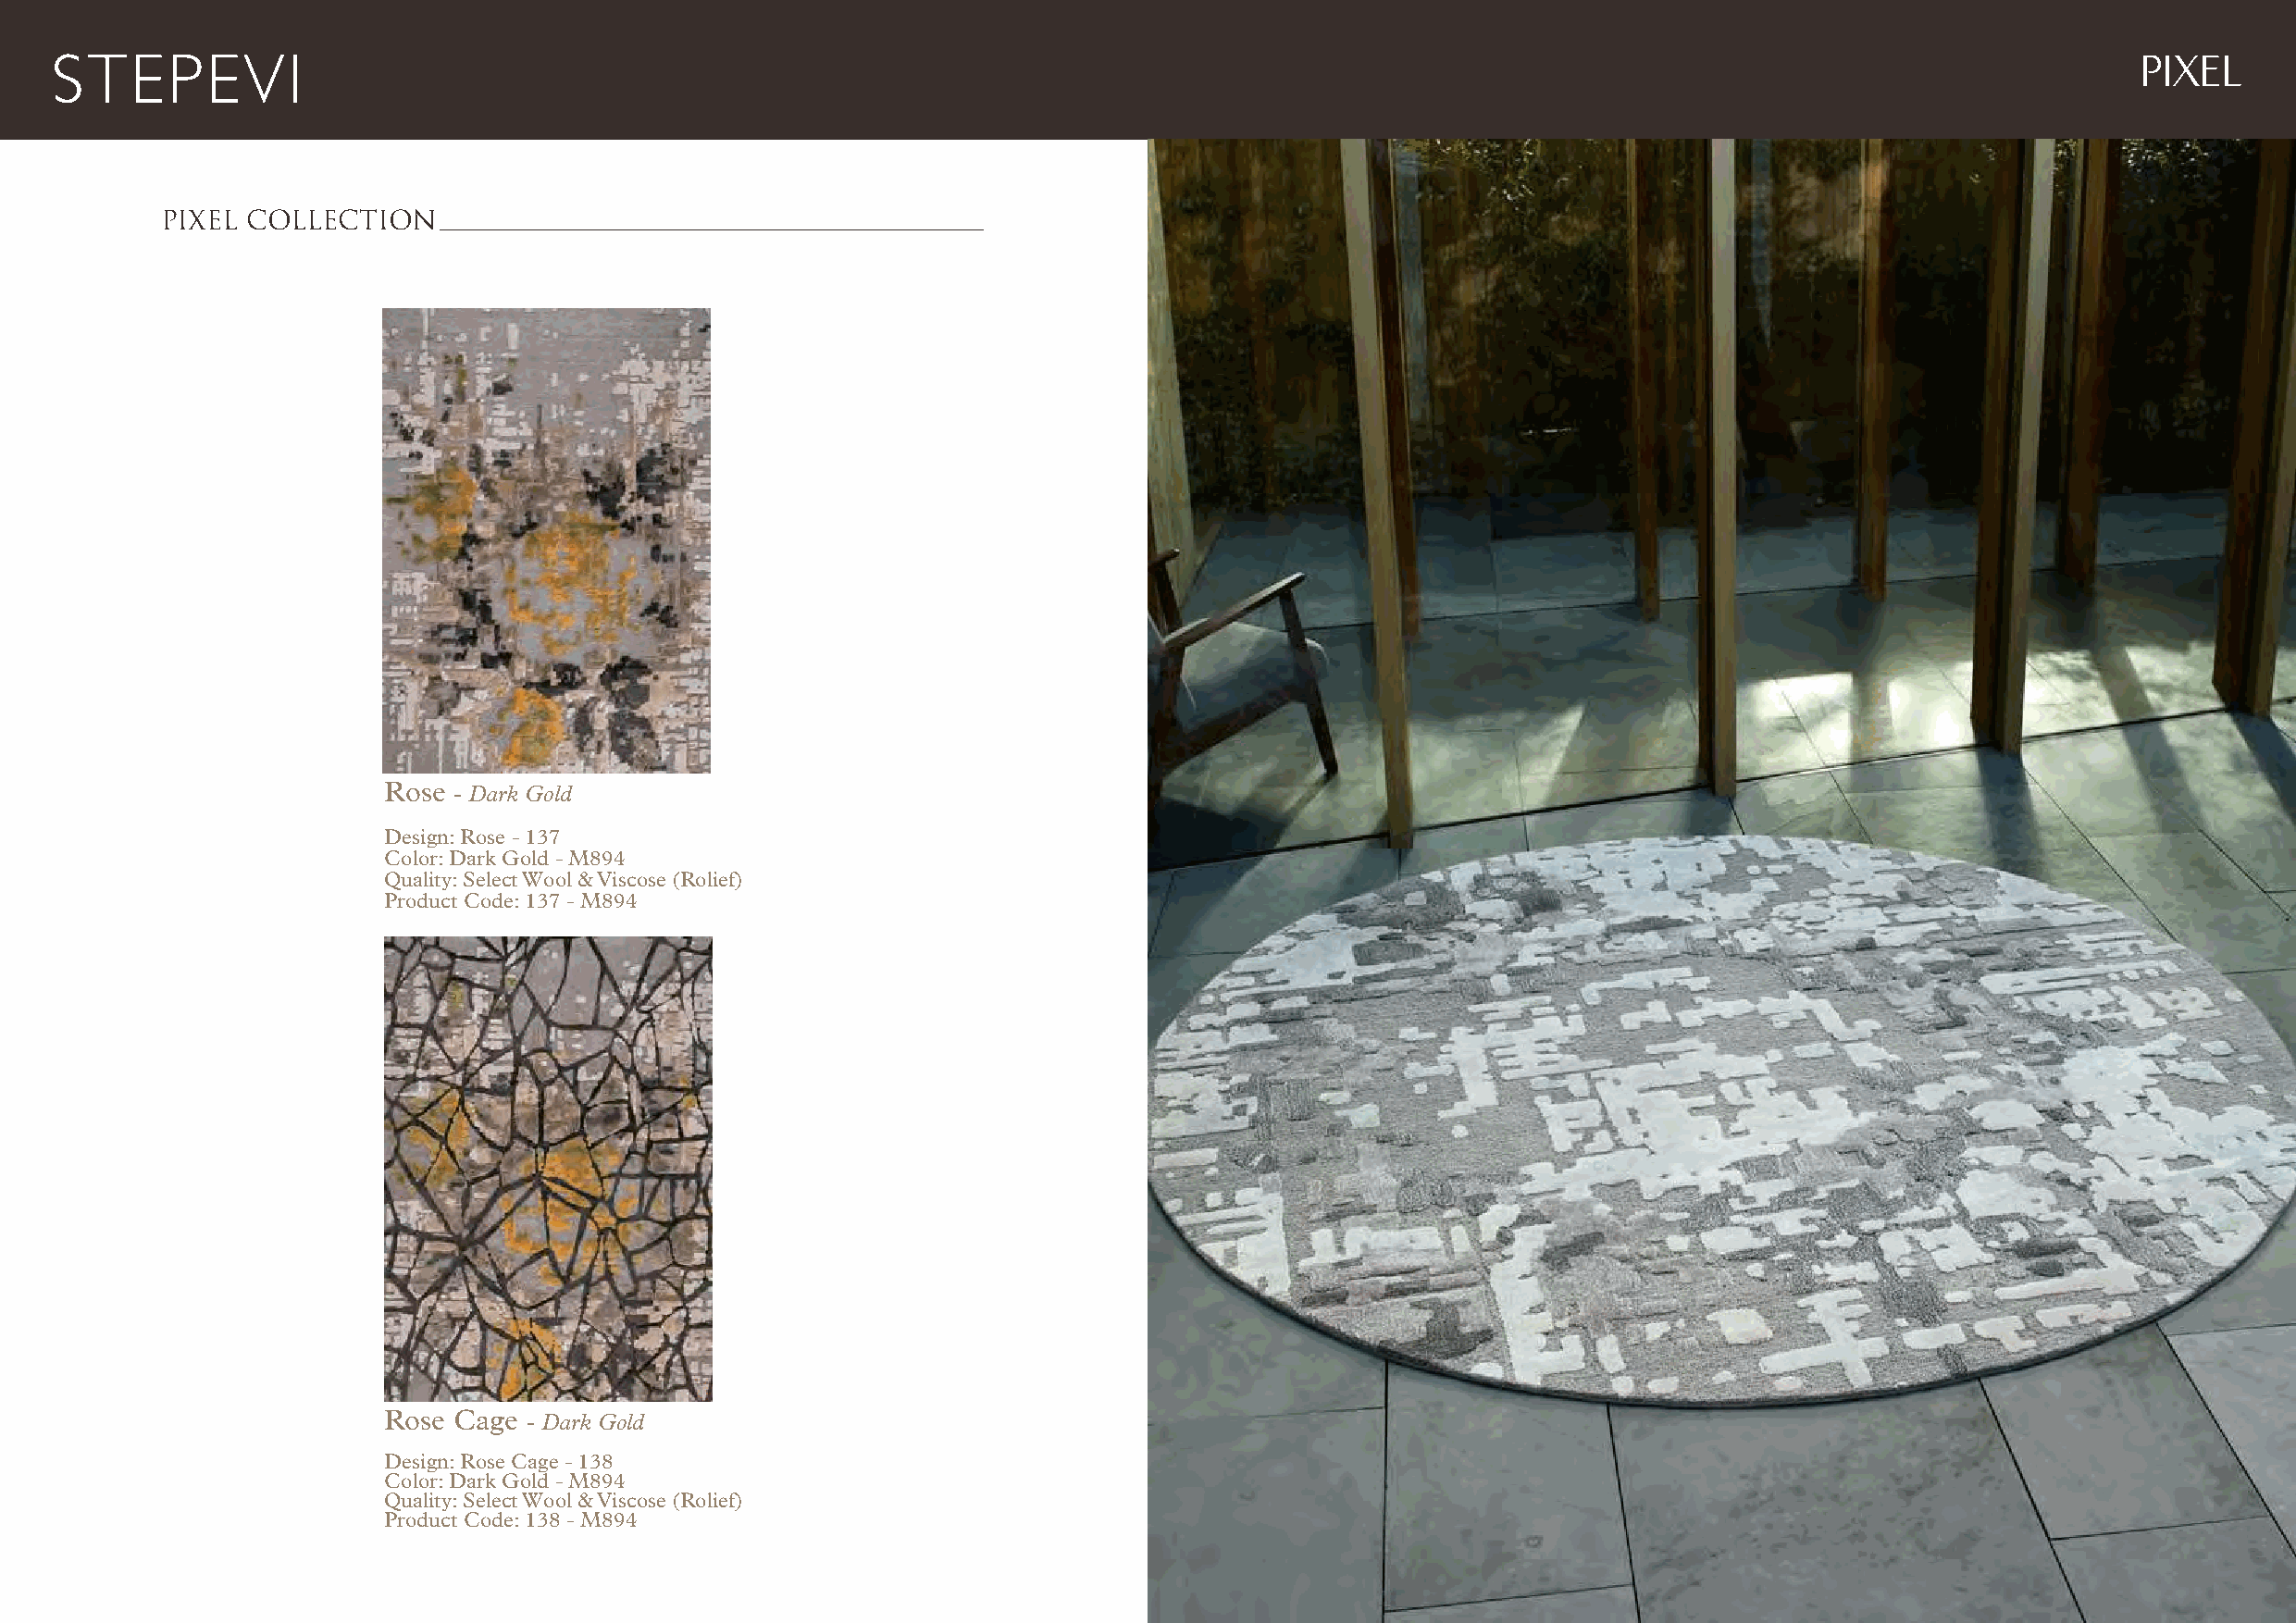
PIXEL
 PIXEL COLLECTION
 Rose - Dark Gold
 Design: Rose - 137
 Color: Dark Gold - M894
 Quality: Select Wool & Viscose (Rolief)
 Product Code: 137 - M894
 Rose Cage  - Dark Gold
 Design: Rose Cage - 138
 Color: Dark Gold - M894
 Quality: Select Wool & Viscose (Rolief)
 Product Code: 138 - M894